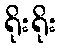
ရိုးရိုး